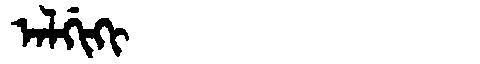
Manchu: ᠠᠯᡤᡳᡴᡳ
Romanization: ALGIKI